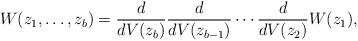
LaTeX: \begin{align*} W(z_1,\ldots,z_b) = \frac{d}{dV(z_b)}\frac{d}{dV(z_{b-1})}\cdots\frac{d}{dV(z_2)} W(z_1),\end{align*}